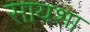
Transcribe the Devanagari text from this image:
सायशा